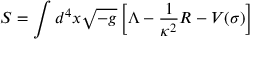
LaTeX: S = \int d ^ { 4 } x \sqrt { - g } \left[ \Lambda - { \frac { 1 } { \kappa ^ { 2 } } } R - V ( \sigma ) \right]